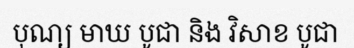
បុណ្យ មាឃ បូជា និង វិសាខ បូជា